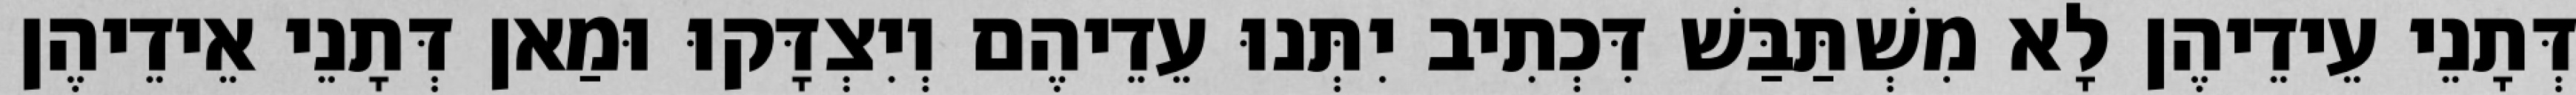
דְּתָנֵי עֵידֵיהֶן לָא מִשְׁתַּבַּשׁ דִּכְתִיב יִתְּנוּ עֵדֵיהֶם וְיִצְדָּקוּ וּמַאן דְּתָנֵי אֵידֵיהֶן